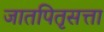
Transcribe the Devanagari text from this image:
जातपितृसत्ता